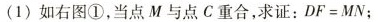
（1）如右图①，当点M与点C重合，求证：$$D F = M N$$；